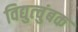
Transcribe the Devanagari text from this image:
विद्युत्चुंबक